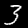
Label: 3